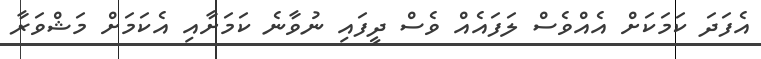
އެފަދަ ކަމަކަށް އެއްވެސް ލަފައެއް ވެސް ދީފައި ނުވާނެ ކަމަށާއި އެކަމަށް މަޝްވަރާ